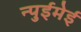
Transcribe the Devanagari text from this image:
न्पुईमेई